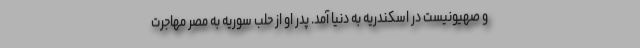
و صهیونیست در اسکندریه به دنیا آمد. پدر او از حلب سوریه به مصر مهاجرت